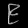
Digit: ၉